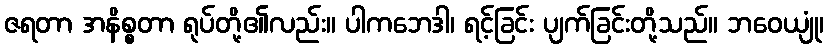
ဇရတာ အနိစ္စတာ ရုပ်တို့၏လည်း။ ပါကဘေဒါ၊ ရင့်ခြင်း ပျက်ခြင်းတို့သည်။ ဘဝေယျုံ၊